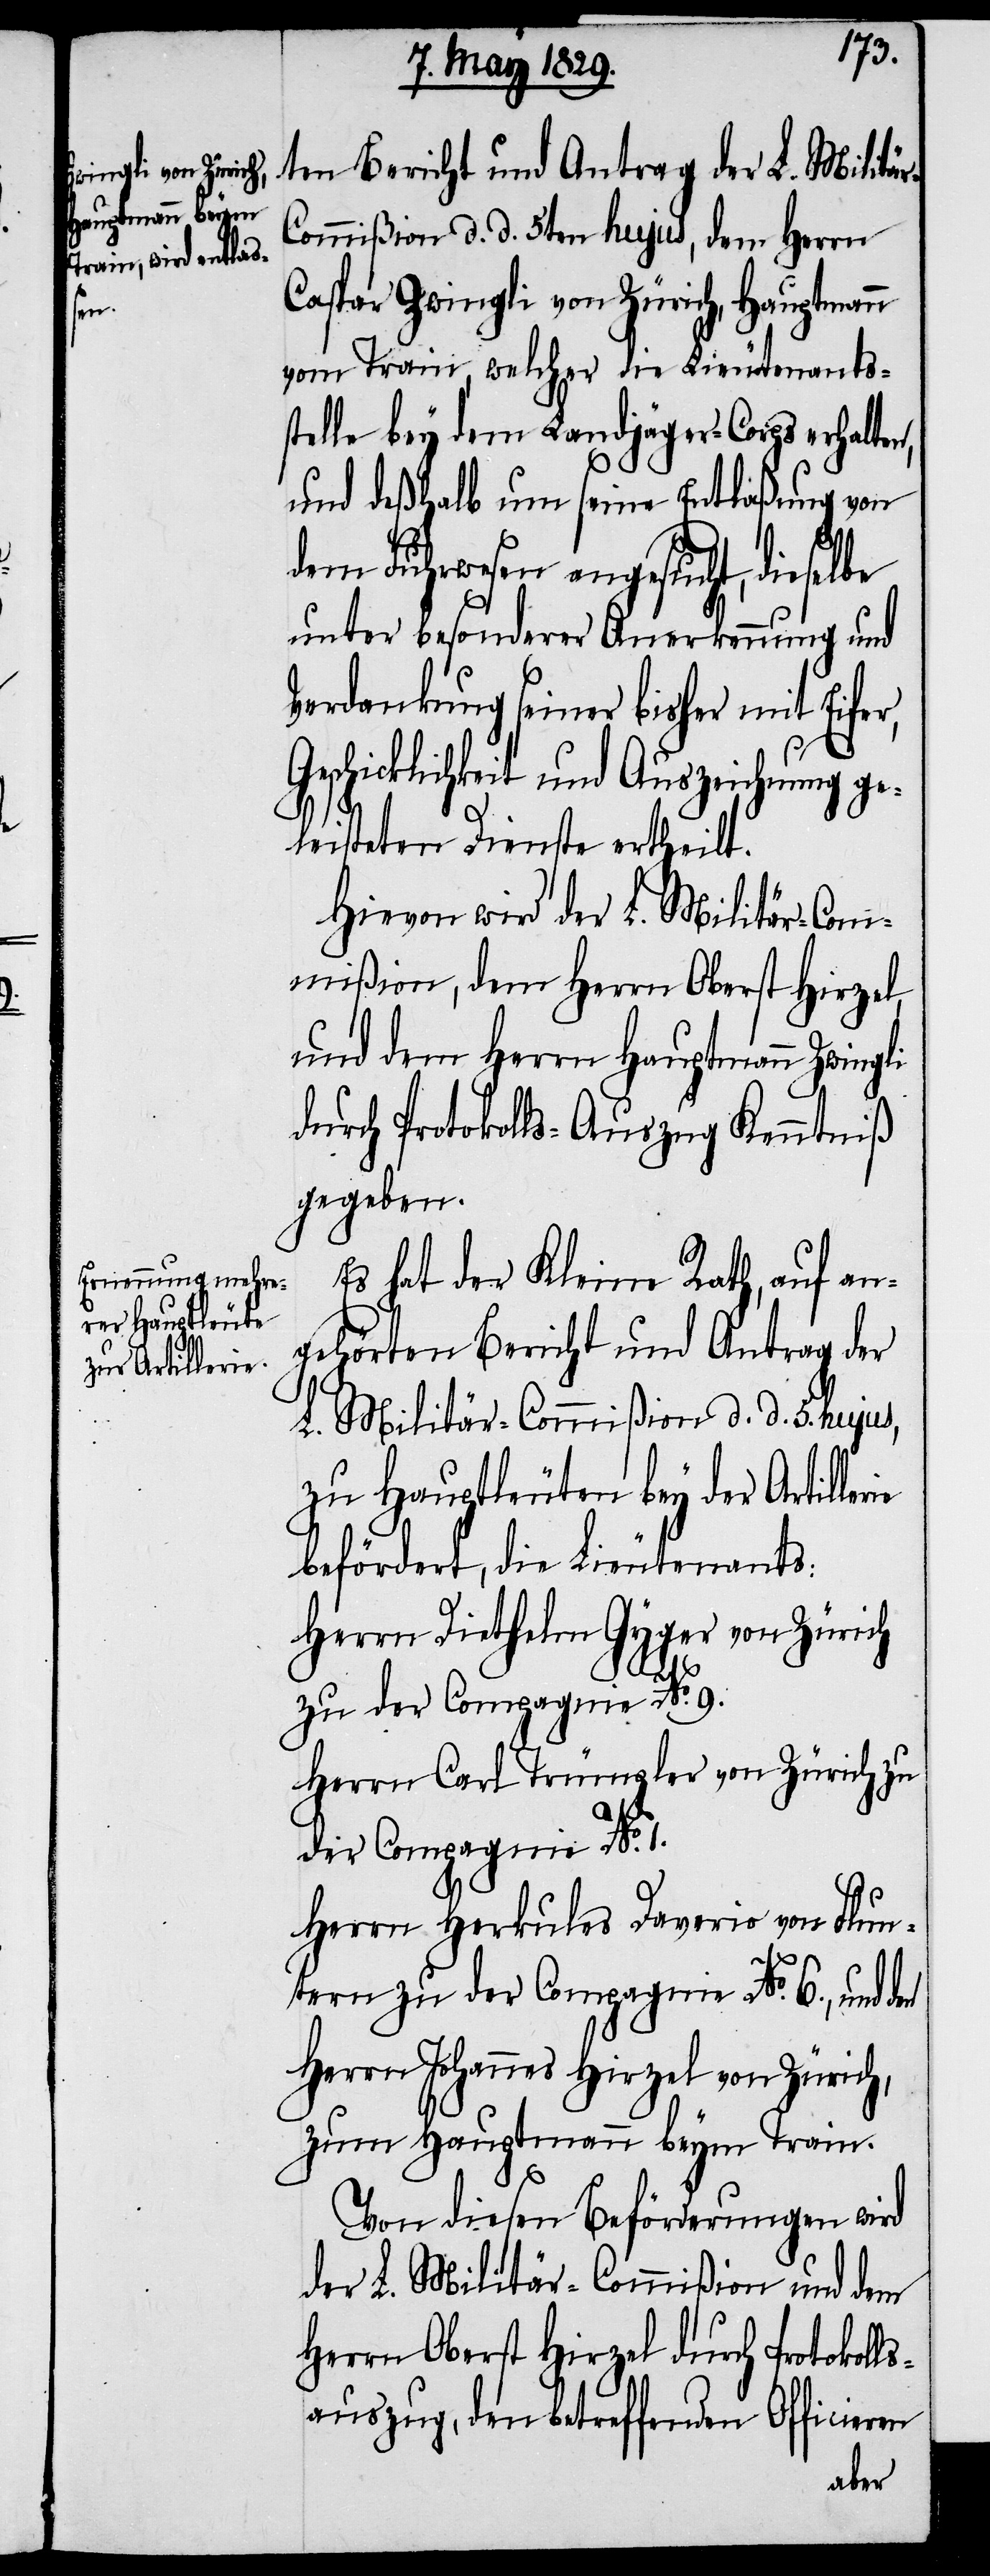
ten Bericht und Antrag der L. Militä¬
r-Commißion d. d. 5ten hujus, dem Herrn
Caspar Zwingli von Zürich, Hauptmann
vom Train, welcher die Lieutenants¬
stelle bey dem Landjäger-Corps erhalten,
und deßhalb um seine Entlaßung von
dem Fuhrwesen angesucht, dieselbe
unter besonderer Anerkennung und
Verdankung seiner bisher mit Eifer,
Geschicklichkeit und Auszeichnung ge¬
leisteten Dienste ertheilt.
Hievon wird der L. Militär-Com¬
mißion, dem Herrn Oberst Hirzel,
und dem Herrn Hauptmann Zwingli
durch Protokolls-Auszug Kenntniß
gegeben.
Es hat der Kleine Rath, auf an¬
gehörten Bericht und Antrag der
L. Militär-Commißion d. d. 5. hujus,
zu Hauptleuten bey der Artille¬
befördert, die Lieutenants:
Herrn Diethelm Gyger von Zürich
zu der Compagnie No. 9.
Herrn Carl Trümpler von Zürich zu
der Compagnie No. 1.
Herr Herkules Daverio von Flun¬
rie
tern zu der Compagnie No. 6., und den
Herrn Johannes Hirzel von Zürich,
zum Hauptmann beym Train.
Von diesen Beförderungen wird
der L. Militär-Commißion und dem
Herrn Oberst Hirzel durch Protokol¬
lsauszug, den betreffenden Officieren